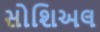
સોશિઅલ